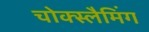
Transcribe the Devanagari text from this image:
चोक्स्लैमिंग